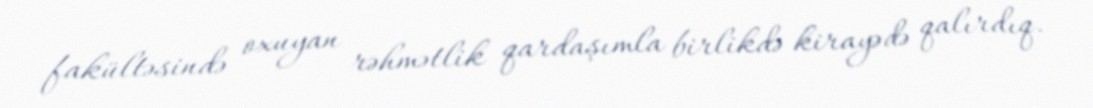
fakültəsində oxuyan rəhmətlik qardaşımla birlikdə kirayədə qalırdıq.